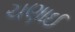
ચણાઈ